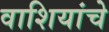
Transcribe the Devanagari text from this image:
वाशियांचे